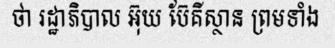
ថា រដ្ឋាភិបាល អ៊ុយ ប៊ែគីស្ថាន ព្រមទាំង